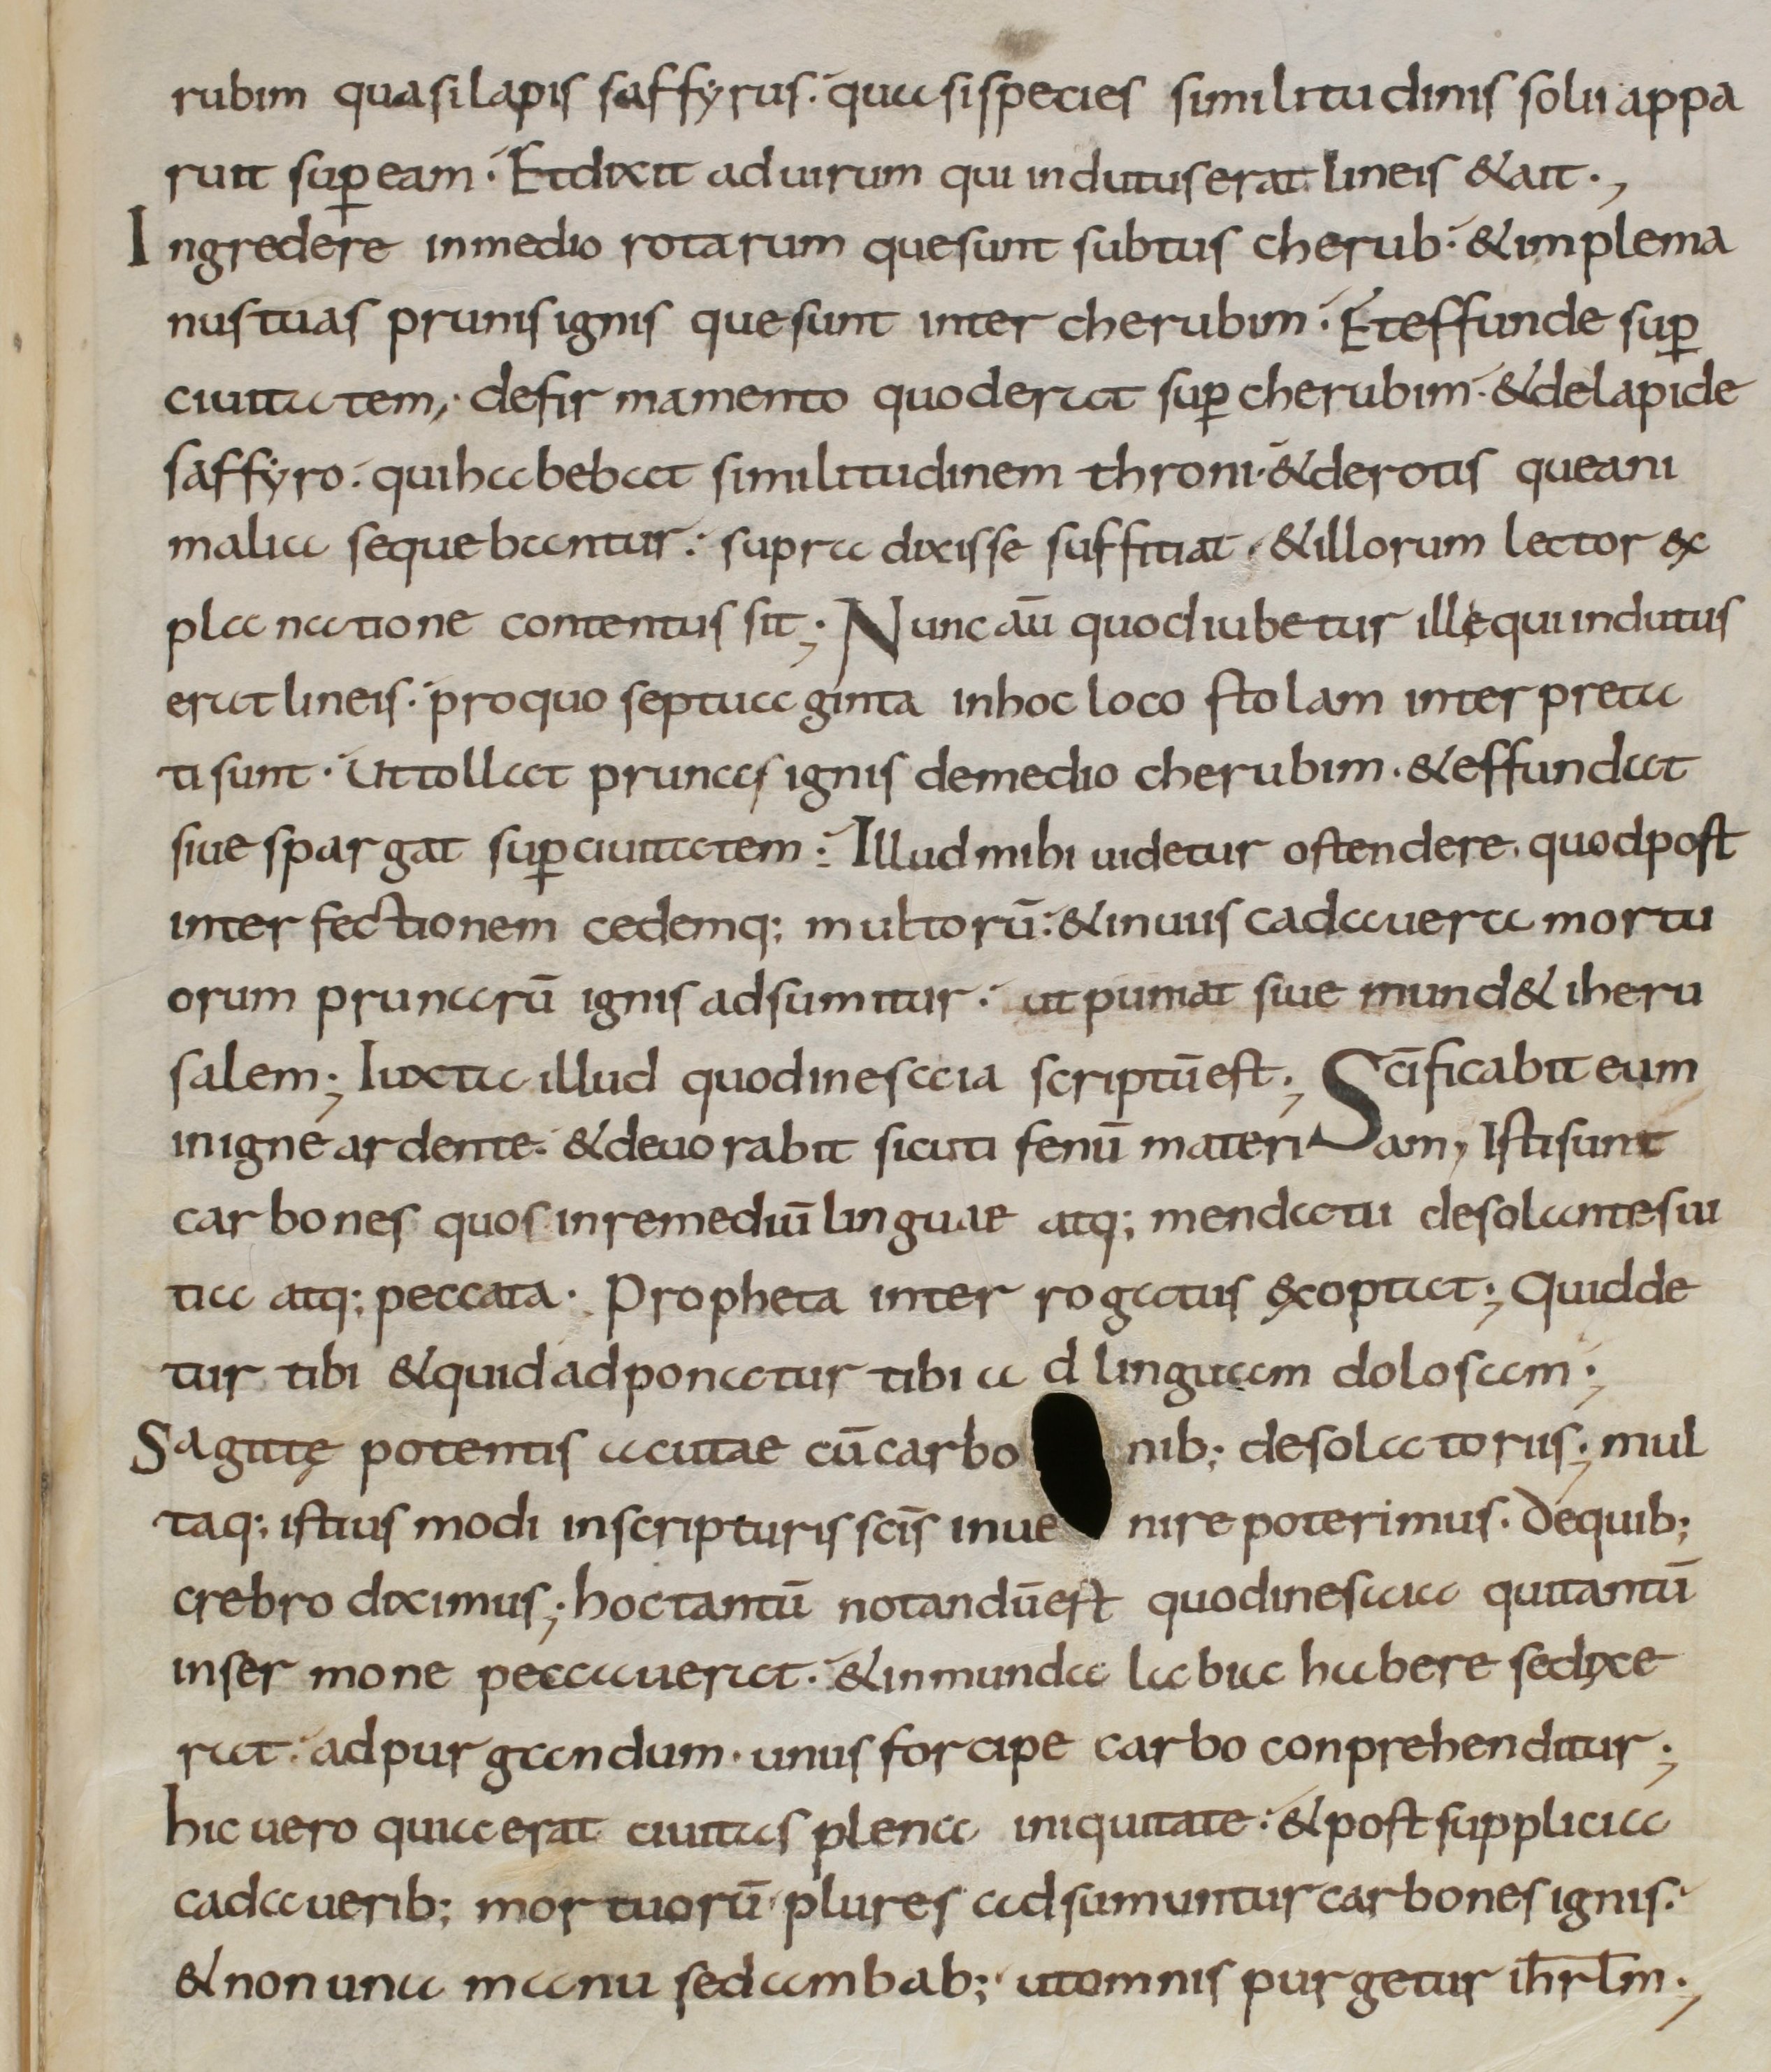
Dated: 800–899